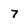
Character: 7